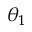
\theta _ { 1 }